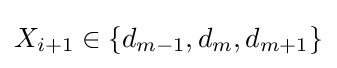
X_{i+1}\in \{d_{m-1},d_{m},d_{m+1}\}